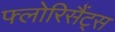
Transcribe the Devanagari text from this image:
फ्लोरिसैंट्स